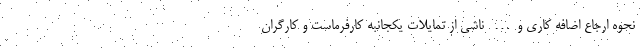
نحوه ارجاع اضافه کاری و… ناشی از تمایلات یکجانبه کارفرماست و کارگران